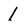
Character: 1